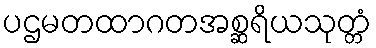
ပဌမတထာဂတအစ္ဆရိယသုတ္တံ